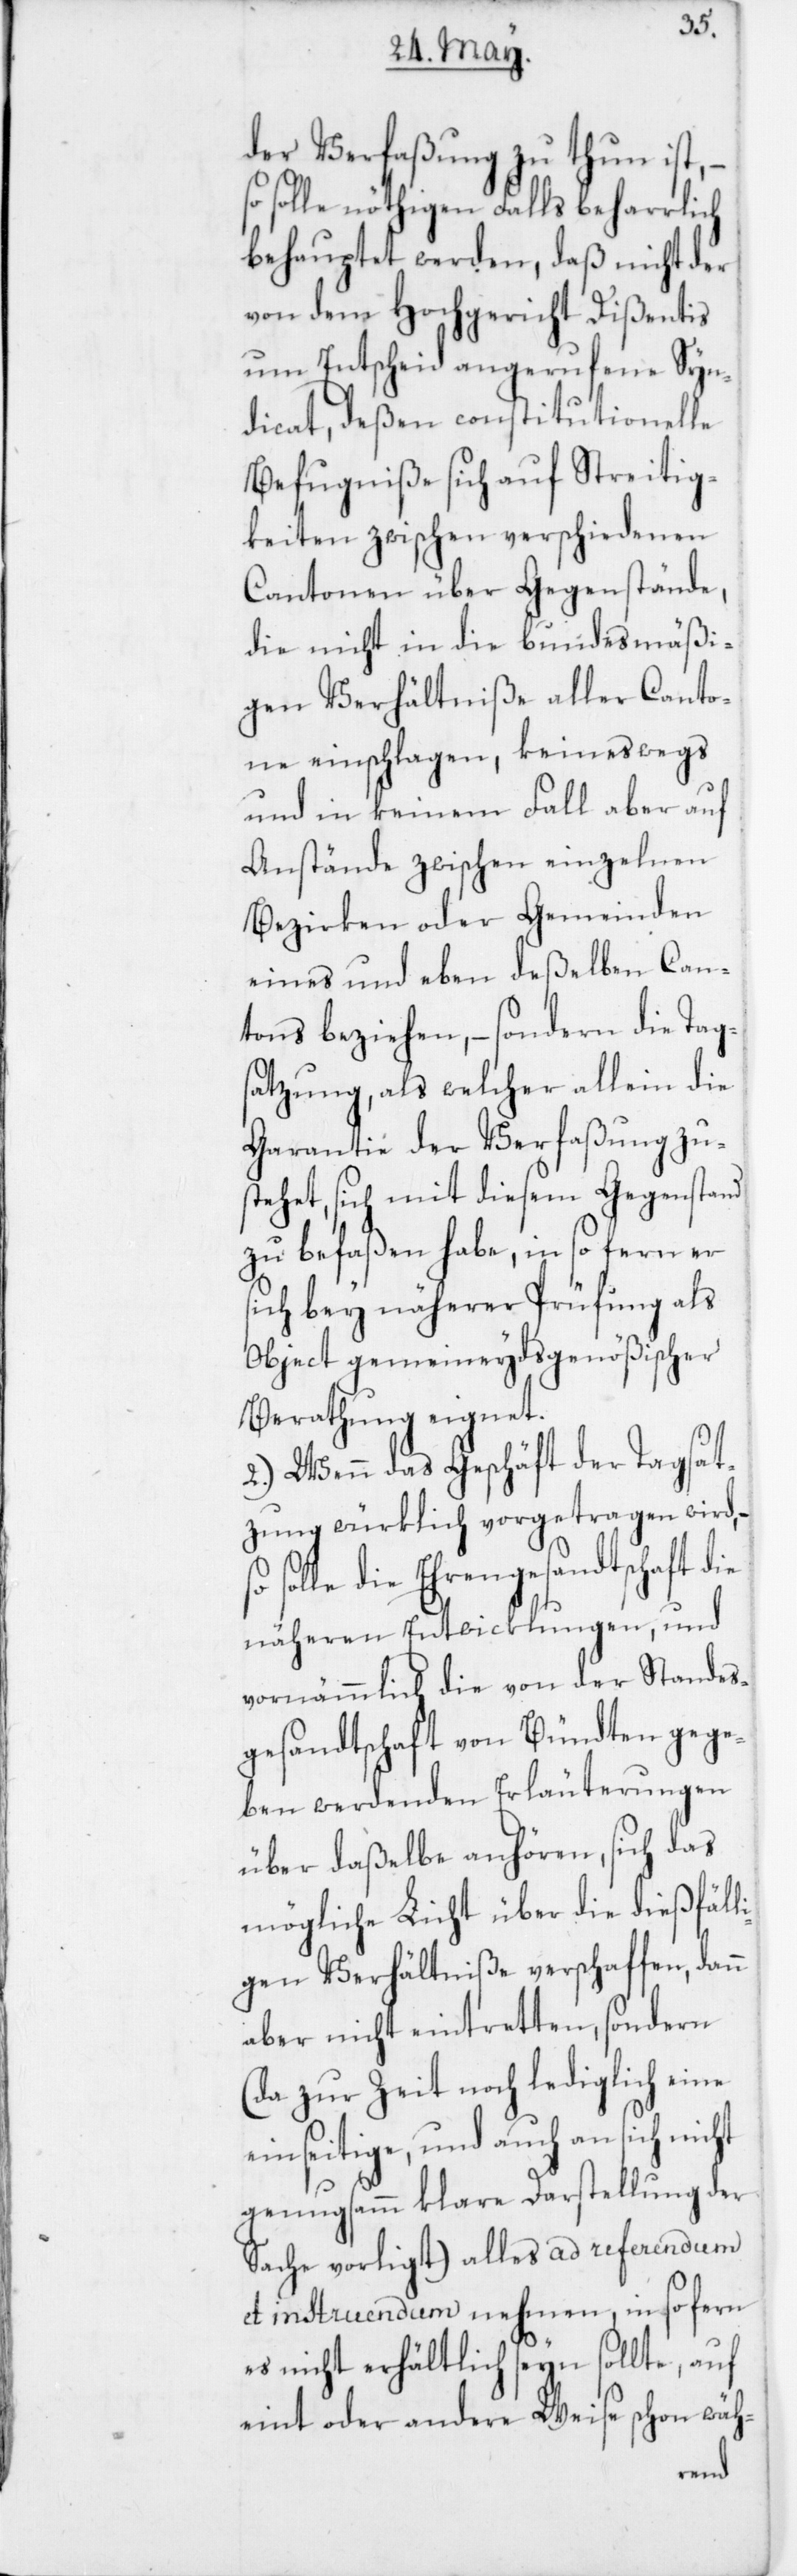
der Verfaßung zu thun ist,
solle nöthigen Falls beharrlich
behauptet werden, daß nicht der
von dem Hochgericht Dißentis
um Entscheid angerufene Syn¬
dicat, deßen constitutionelle
Befugniße sich auf Streitig¬
keiten zwischen verschiedenen
Cantonen über Gegenstände,
die nicht in die bundesmäßi¬
gen Verhältniße aller Canto¬
ne einschlagen, keineswegs
und in keinem Fall aber auf
Anstände zwischen einzelnen
Bezirken oder Gemeinden
eines und eben deßelben Can¬
tons beziehen, – sondern die Tag¬
satzung, als welcher allein die
Garantie der Verfaßung zu¬
stehet, sich mit diesem Gegenstand
zu befaßen habe, in so fern er
sich bey näherer Prüfung als
Object gemeineydsgenößischer
Berathung eignet.
2. Wenn das Geschäft der Tagsat¬
zung würklich vorgetragen wird, –
solle die Ehrengesandtschaft die
näheren Entwicklungen und
vornämmlich die von der Standes¬
gesandtschaft von Bündten gege¬
ben werdenden Erläuterungen
über daßelbe anhören, sich das
mögliche Licht über die dießfäll¬
igen Verhältniße verschaffen, dann
aber nicht eintretten, sondern
(da zur Zeit noch lediglich eine
einseitige, und auch an sich nicht
genugsamm klare Darstellung der
Sache vorligt) alles ad referendum
et instruendum nehmen, in so fern
es nicht erhältlich seyn sollte, auf
eint oder andere Weise schon wäh-